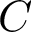
C